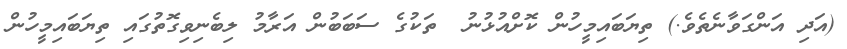
(އަދި އަންގަވާނެތެވެ.) ތިޔަބައިމީހުން ކޮށްއުޅުނު  ތަކުގެ ސަބަބުން އަރާމު ލިބެނިވިގޮތުގައި ތިޔަބައިމީހުން